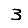
Digit: 3